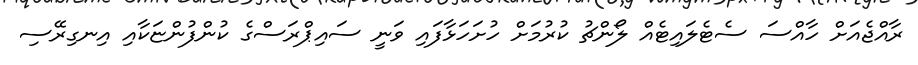
ރާއްޖެއަށް ހާއްސަ ސެޓެލައިޓެއް ލޯންޗު ކުރުމަށް ހުށަހަޅާފައި ވަނީ ސައިޕްރަސްގެ ކުންފުންޏަކާއި އިނގިރޭސި